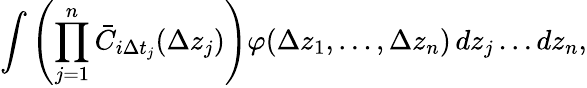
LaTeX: \int\left(\prod_{j=1}^{n}\bar{C}_{i\Delta t_{j}}(\Delta z_{j})\right)\varphi(\Delta z_{1},\ldots,\Delta z_{n})\mathop{}\! {d{z_{j}}\ldots d{z_{n}}},